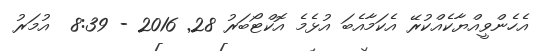
އެހެންވީއްޔާކެއްކުރޭ އެކަމާއެބަ އުޅެމެ އޮކްޓޯބަރު 28